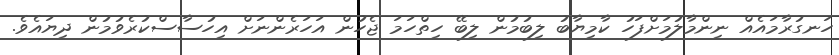
ހަނގުރާމައެއް ނިންމާލުމަށްފަހު ކާމިޔާބު ލިބުމުން ލިބޭ ހިތްހަމަ ޖެހުން އަހަރެންނަށް އިހުސާސްކުރެވުމުން ދިޔައެވެ.